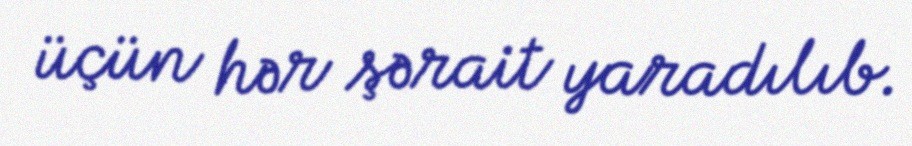
üçün hər şərait yaradılıb.